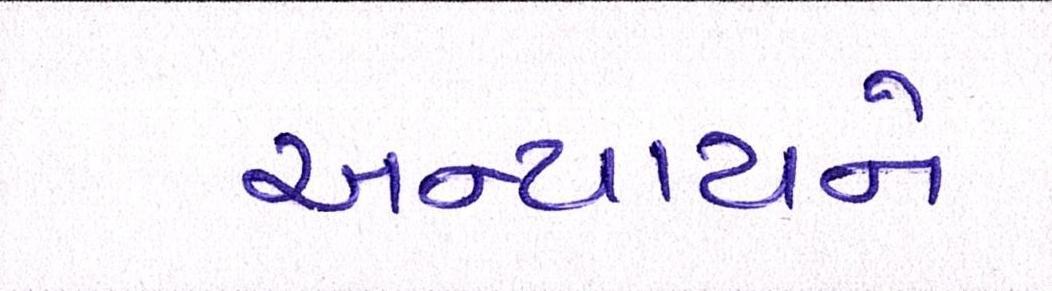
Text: અન્યાયને